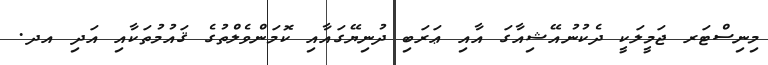
މިނިސްޓަރ ޖަމީލަކީ ދެކުނުއޭޝިއާގަ އާއި ޢަރަބި ދުނިޔޭގައާއި ކޮމަންވެލްތުގެ ޤައުމުތަކާއި އަދި އދ.